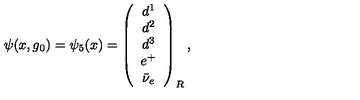
\psi ( x , g _ { 0 } ) = \psi _ { 5 } ( x ) = \left( \begin{array} { c } { d ^ { 1 } } \\ { d ^ { 2 } } \\ { d ^ { 3 } } \\ { e ^ { + } } \\ { \bar { \nu } _ { e } } \\ \end{array} \right) _ { R } ,